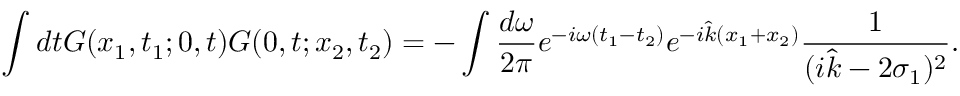
\int d t G ( x _ { 1 } , t _ { 1 } ; 0 , t ) G ( 0 , t ; x _ { 2 } , t _ { 2 } ) = - \int \frac { d \omega } { 2 \pi } e ^ { - i \omega ( t _ { 1 } - t _ { 2 } ) } e ^ { - i \hat { k } ( x _ { 1 } + x _ { 2 } ) } \frac { 1 } { ( i \hat { k } - 2 \sigma _ { 1 } ) ^ { 2 } } .